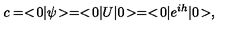
c = < \! 0 | \psi \! > = < \! 0 | U | 0 \! > = < \! 0 | e ^ { i h } | 0 \! > ,